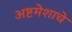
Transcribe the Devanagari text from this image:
अष्टमेशाचे